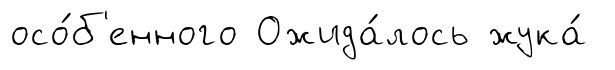
осо́б'енного Ожида́лось жука́